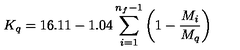
K _ { q } = 1 6 . 1 1 - 1 . 0 4 \sum _ { i = 1 } ^ { n _ { f } - 1 } \left( 1 - \frac { M _ { i } } { M _ { q } } \right)